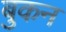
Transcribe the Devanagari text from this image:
बुकन